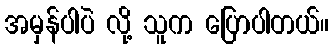
အမှန်ပါပဲ လို့ သူက ပြောပါတယ်။